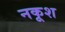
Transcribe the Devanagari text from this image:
नकूश